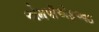
એમપીએફઆઇ